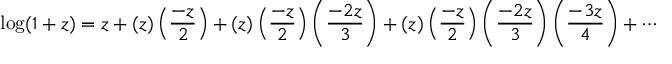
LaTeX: \log ( 1 + z ) = z + ( z ) \left( { \frac { - z } { 2 } } \right) + ( z ) \left( { \frac { - z } { 2 } } \right) \left( { \frac { - 2 z } { 3 } } \right) + ( z ) \left( { \frac { - z } { 2 } } \right) \left( { \frac { - 2 z } { 3 } } \right) \left( { \frac { - 3 z } { 4 } } \right) + \cdots